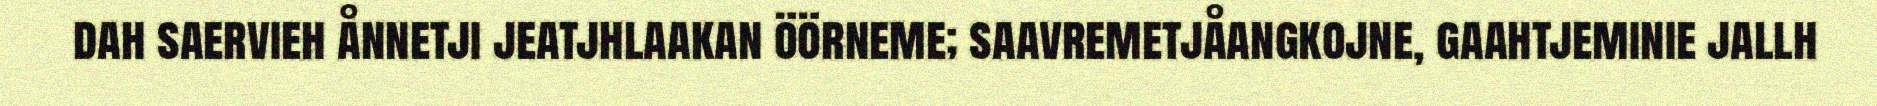
dah saervieh ånnetji jeatjhlaakan öörneme; saavremetjåangkojne, gaahtjeminie jallh